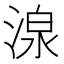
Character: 湶